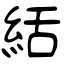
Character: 絬